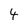
Character: 4